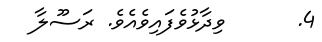
4.      ވިދާޅުވެފައިވެއެވެ. ރަސޫލާ